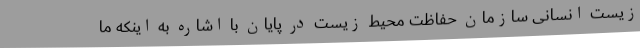
زیست انسانی سازمان حفاظت محیط زیست در پایان با اشاره به اینکه ما